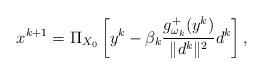
LaTeX: \begin{align*}x^{k+1}=\Pi_{X_0}\left[y^{k}-\beta_k\frac{g^+_{\omega_k}(y^{k})}{\Vert d^{k}\Vert^2}d^{k}\right],\end{align*}